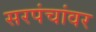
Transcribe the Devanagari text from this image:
सरपंचांवर